Medical and sanitary report of the native army of Madras for the year
Year: 1872
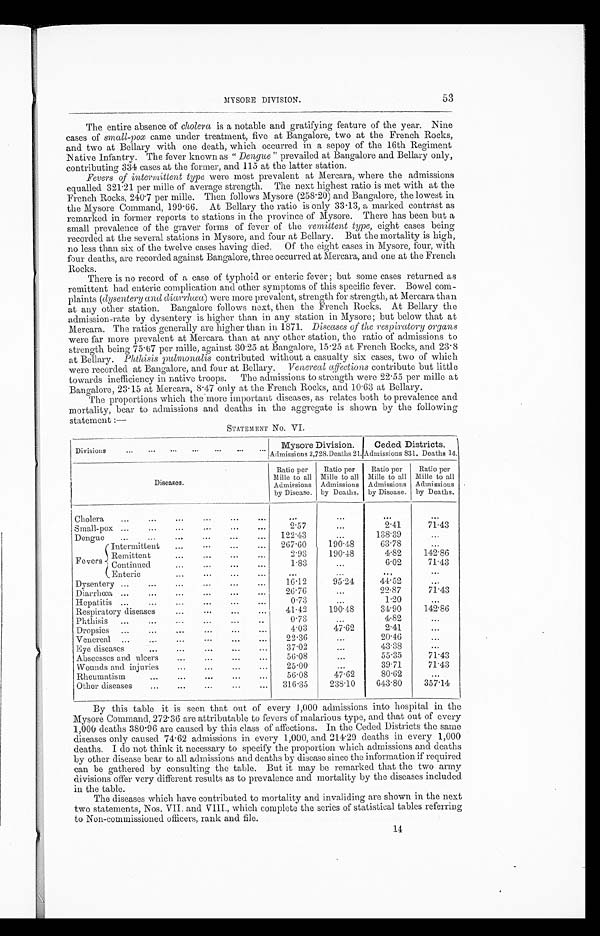
MYSORE DIVISION.
53.)
The entire absence of cholera is a notable and gratifying feature of the year. Nine
cases of small-pox came under treatment, five at Bangalore, two at the French Rocks,
and two at Bellary with one death, which occurred in a sepoy of the 16th Regiment
Native Infantry. The fever known as “ Dengue ” prevailed at Bangalore and Bellary only,
contributing 334 cases at the former, and 115 at the latter station.
Fevers of 'intermittent type were most prevalent at Mercara, where the admissions
equalled 321.21 per mile of average strength. The next highest ratio is met with at the
French Rocks, 240.7 per mile. Then follows Mysore (258.20) and Bangalore, the lowest in
the Mysore Command, 199.66. At Bellary the ratio is only 33.13, a marked contrast as
remarked in former reports to stations in the province of Mysore. There has been but a
small prevalence of the graver forms of fever of the remittent type, eight. cases being
recorded at the several stations in Mysore, and four at Bellary. But the mortality is high,
no less than six of the twelve cases having died. Of the eight cases in Mysore, four, with
four deaths, are recorded against Bangalore, three occurred at Mercara, and one at the French
Rocks.
There is no record of a case of typhoid or enteric fever ; but some cases returned as
remittent had enteric complication and other symptoms of this specific fever. Bowel com-
plaints (dysentery and diarrhœa) were more prevalent, strength for strength, at Mercara than
at any other station. Bangalore follows next, then the French Rocks. At Bellary the
admission-rate by dysentery is higher than in any station in Mysore; but below that at
Mercara. The ratios generally are higher than. in 1871. Diseases of the respiratory organs
were far more prevalent at Mercara than at any other station, the ratio of admissions to
strength being 75.67 per mile, against 30.25 at Bangalore, 15.25 at French Rocks, and 23.8
at Bellary.P h t h i s i s p u l m o n a l i s
c o n t r i b u t e d w i t h o u t a c a s u a l t y s i x c a s e s , t w o o f w h i c h
were recorded at Bangalore, and four at Bellary. Venereal affections contribute but little
towards inefficiency in native troops. The admissions to strength were 22.55 per mile at
Bangalore, 23.15 at Mercara, 8.47 only at the French Rocks, and 10.63 at Bellary.
The proportions which the more important diseases, as relates both to prevalence and
mortality, bear to admissions and deaths in the aggregate is shown by the following
statement :—
STATEMENT No. VI.
Divisions
Mysore Division.
Admissions 2,728.Deaths 21.
Ceded Districts,
Admissions 831. Deaths 14.
Diseases.
Ratio per
Mille to all
Admissions
by Disease.
Ratio per
Mille to all
Admissions
by Deaths.
Ratio per
Mille to all
Admissions
by Disease.
Ratio per
Mille to all
Admissions
by Deaths.
Cholera
. . .
. . .
. . .
Small-pox
2.57
...
2.41
71.43
Dengue
122.43
...
138.39
...
Fevers
Intermitten t
267.60
190.48
63.78
...
Remittent
2.93
190.48
4.82
142.86
Continued
1.83
...
6.02
71.43
Enteric
. . .
. . .
,
. . .
Dysentery
16.12
95.24
44.52
.
Diarrhcea
26.76
...
22.87
71.43
Hepatitis
0.73
...
1.20
...
Respiratory diseases
41.4 2
190.48
34.90
142.86
Phthisis
0.73
...
4.82
...
Dropsies
4.03
47.62
2.41
...
Venereal
22.36
...
20.46
...
Eye diseases
37.02
. . .
43.38
...
Abscesses and ulcers ...
...
...
56.08
...
55.35
71.43
Wounds and injuries
25.00
...
39.71
71.43
Rheumatism
56.08
47.62
80.62
...
Other diseases
316 . 35
238.10
643.80
357.14
By this table it is seen that out of every 1,000 admissions into hospital in the
Mysore Command, 272.36 are attributable to fevers of malarious type, and that out of every
1,000 deaths 380.96 are caused by this class of affections. In the Ceded Districts the same
diseases only caused 74.62 admissions in every 1,000, and. 214.29 deaths in every 1,000
deaths. I do not think it necessary to specify the proportion which admissions and deaths
by other disease bear to all admissions and deaths by disease since the information if required
can be gathered by consulting the table. But it may be remarked that the two army
divisions offer very different results as to prevalence and mortality by the diseases included
in the table.
The diseases which have contributed to mortality and invading are shown in the next
two statements, Nos. VII. and VIII., which complete the series of statistical tables referring
to Non-commissioned officers, rank and file.